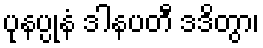
ပုနပ္ပုနံ ဒါနပတီ ဒဒိတွာ၊